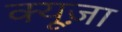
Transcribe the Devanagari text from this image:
क्यूज़ा